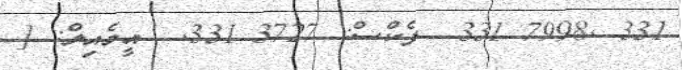
331